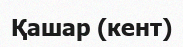
Қашар (кент)